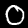
Digit: 0